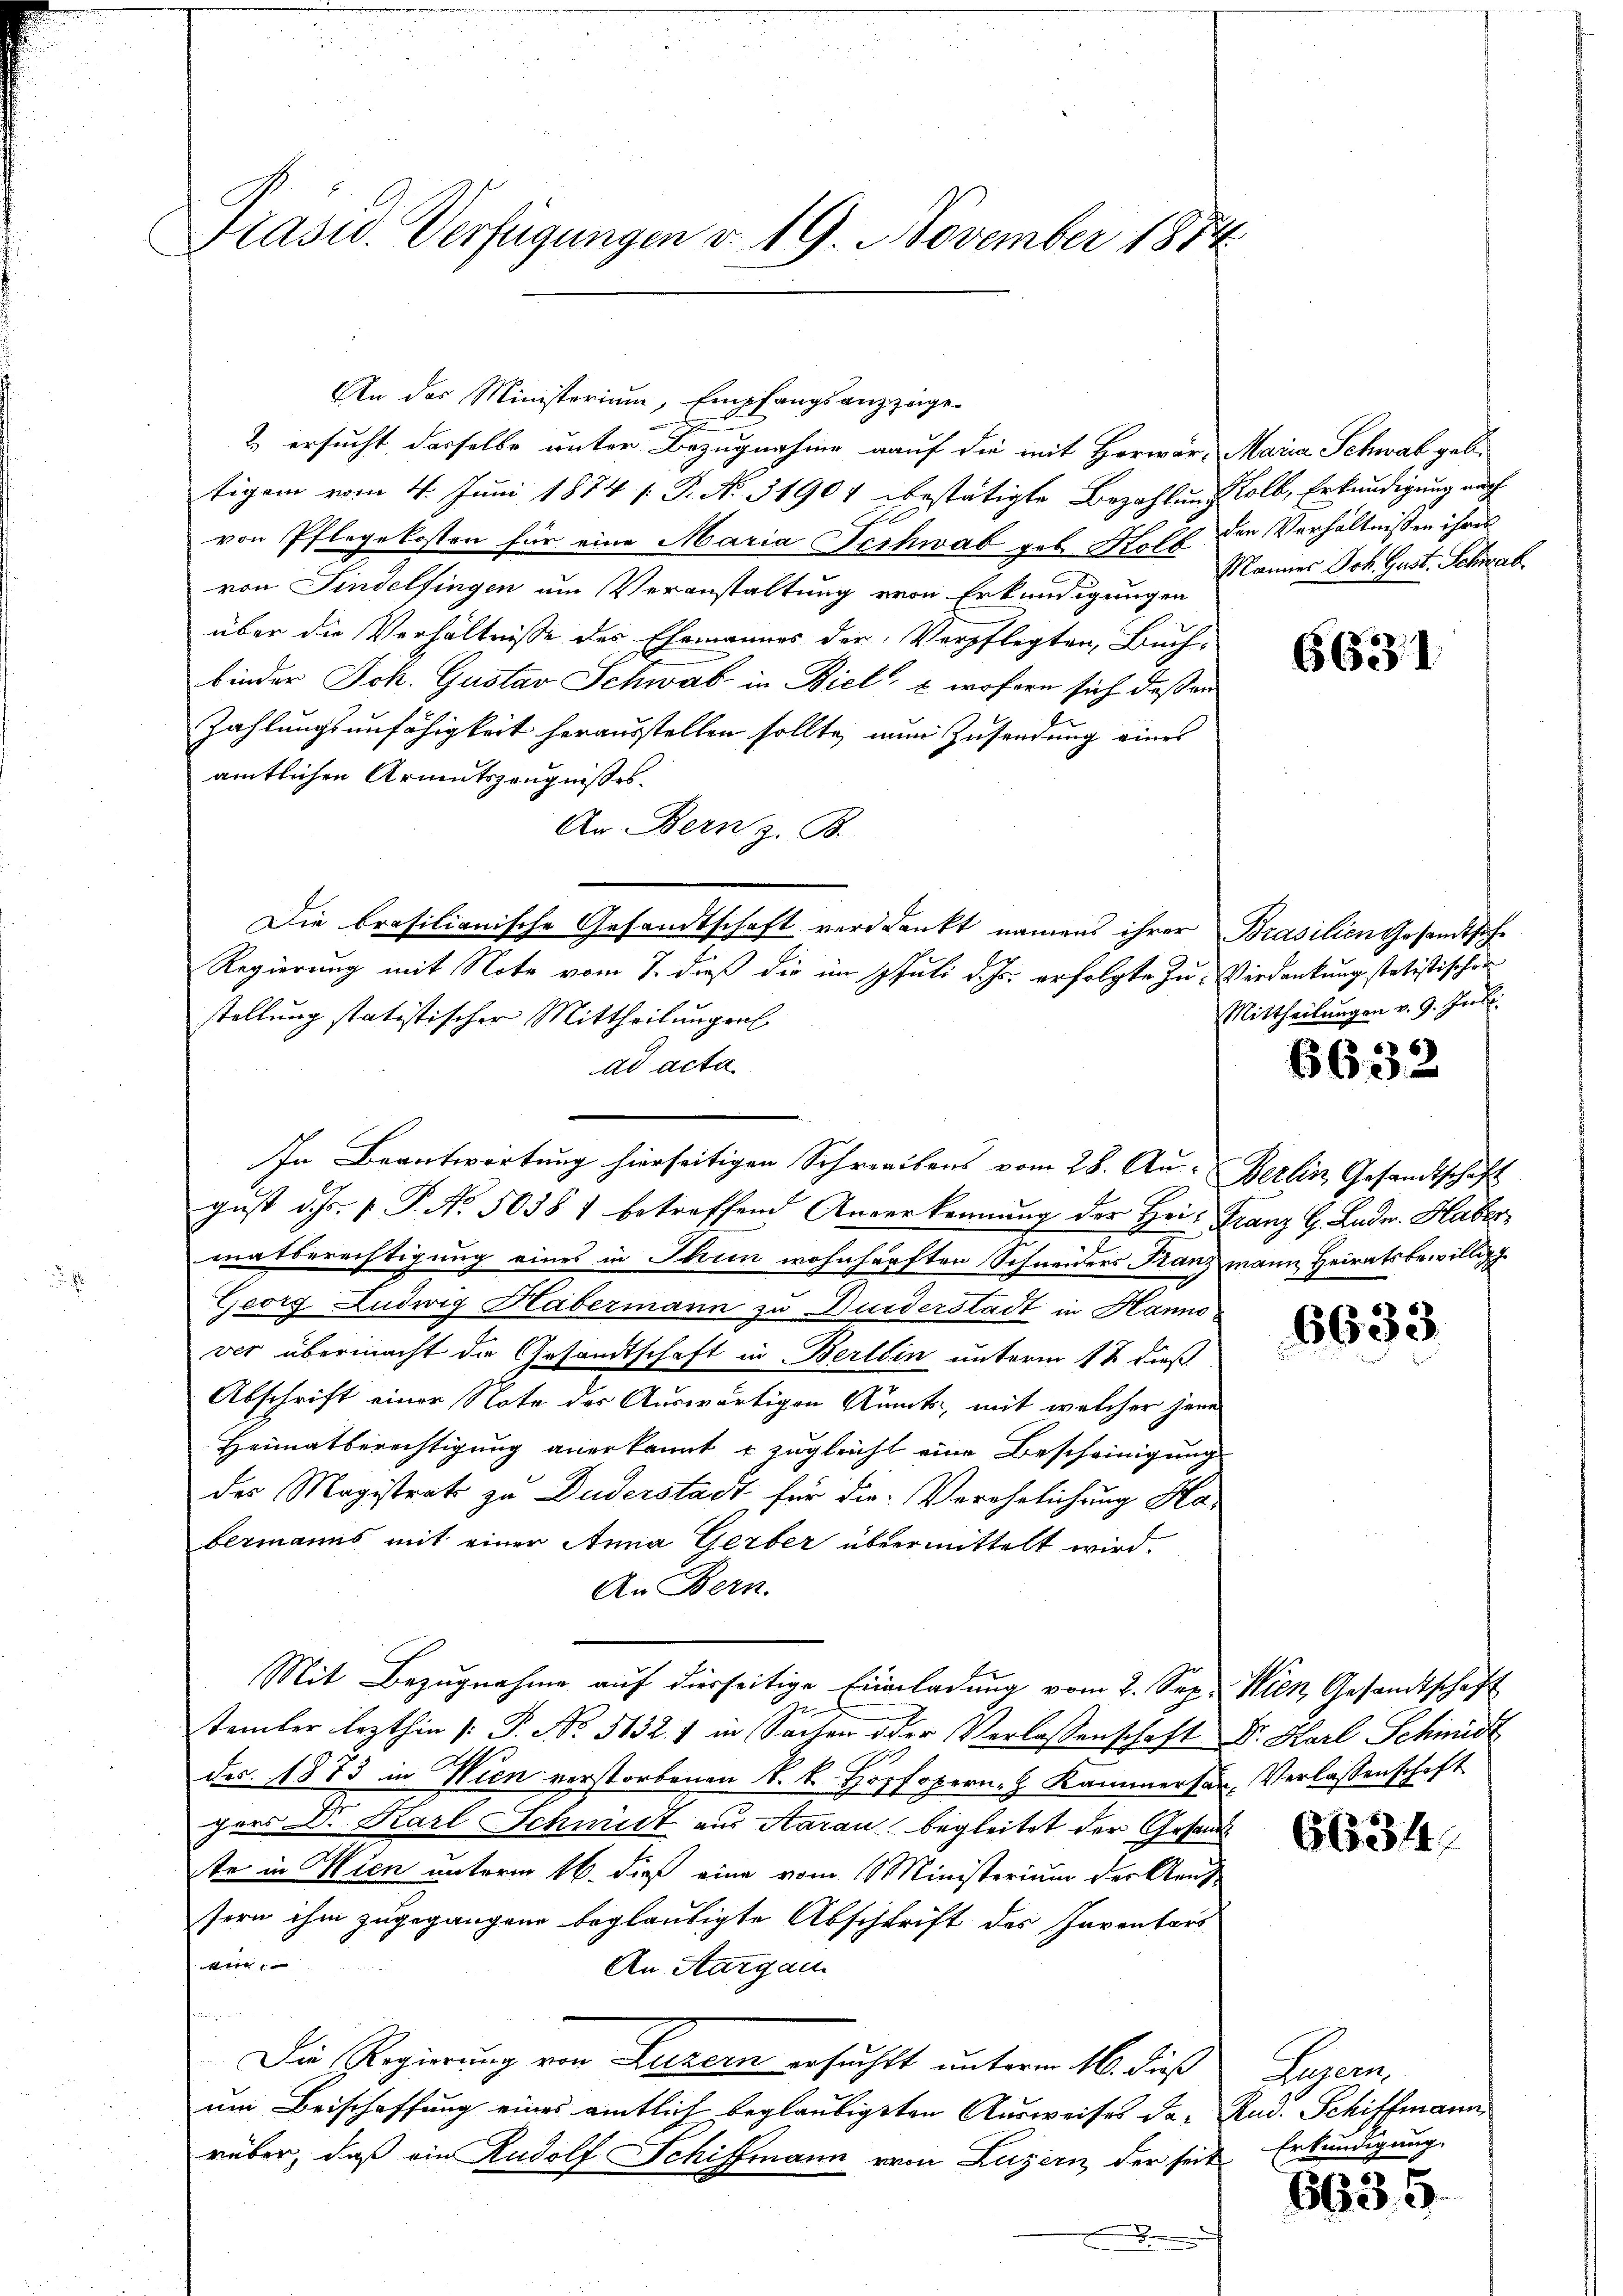
Präsid. Verfügungen v. 19. November 1874

An das Ministerium, Empfangsanzzüge
2 ersucht, dasselbe unter Bezugnahme auf die mit Horwär- Maria Schwab geb.
tigem vom 4. Juni 1874 /: P. No. 31904 bestätigte Bezahlung soll, Erkundigung nach
von Pflegekosten für eine Maria Jechwab geb. Hoff den Verhältnissen ihres
von Findelfingen um Veranstaltung von Erkundigungen
über die Verhältnisse des Ehemannes der Verpflegten, Buch-
binder Joh. Gustav Schwab in Biel, & wofern sich dessen
Zahlungsunfähigkeit herausstellen sollte, nun Zusendung eines
amtlichen Armutszeugnisses.
An Bern z. B.
Die brasilianische Gesandtschaft verdankt namens ihrer Brasilien Gesandtsche
Regierung mit Note vom 7. dieß die im Juli d. Js. erfolgte zu Verdankung statistischen
stellung statistischer Mittheilungen.
ad acta.
In Beantwortung hierseitigen Schreibens vom 28. Au- Berlin Gesandtschaft
gust d. Js. v. P. No. 50381 betreffend Anverkennung der Hei- Franz 4. Lade. Haber
.
matberechtigung eines in Ihrem wohnhäuften Schneiders Franz mann Heiratsbewillig
Georg Ludwig Habermann zu Duiderstadt in Hanno
ver übermacht die Gesandtschaft in Berlin unterm 12 dieß
Abschrift einer Note der Auswärtigen Amts, mit welcher jene
Heimatberechtigung anerkannt u zugleicht eine Bescheinigung
des Magistrat zu Duderstadt für die Verehelichung Ka-
bermanns mit einer Anna Gerber übermittelt wird.
An Bern.
Mit Bezugnahme auf dierseitige Einladung vom 2. Sep. Wien Gesandtschaft
e
tember lezthin [P. No 5132. f in Sachen oder Verlassenschaft Dr. Karl Schinidt
.
des 1873 in Wien verstorbenen K. k. Hopfopern Kammersen, Verlassenschaft
pers Dr. Karl Schmidt aus Aarau begleitet der Gesand
te in Wien unterm 16. dieß eine vom Ministerium der Kaufsern ihm zugegangene beglaubigte Abschrift des Inventars
 |
An Aargau
Die Regierung von Luzern ersuchtt unterm 16. dieß
um Beischaffung eines amtlich beglaubigten Ausweises da- Rud. Schiffmann
rüber, daß ein Rudolf Schiffmann von Luzern, der seit
.

Mannes Joh. Gust. Schrad

6631

Mittheilungen v. 9. Juli.

6632

6633

6634

Sachen
Erkundigung.

6635